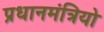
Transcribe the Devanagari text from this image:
प्रधानमंत्रियो